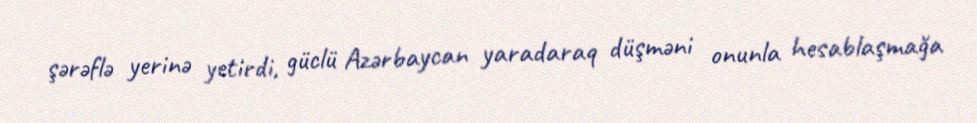
şərəflə yerinə yetirdi, güclü Azərbaycan yaradaraq düşməni onunla hesablaşmağa